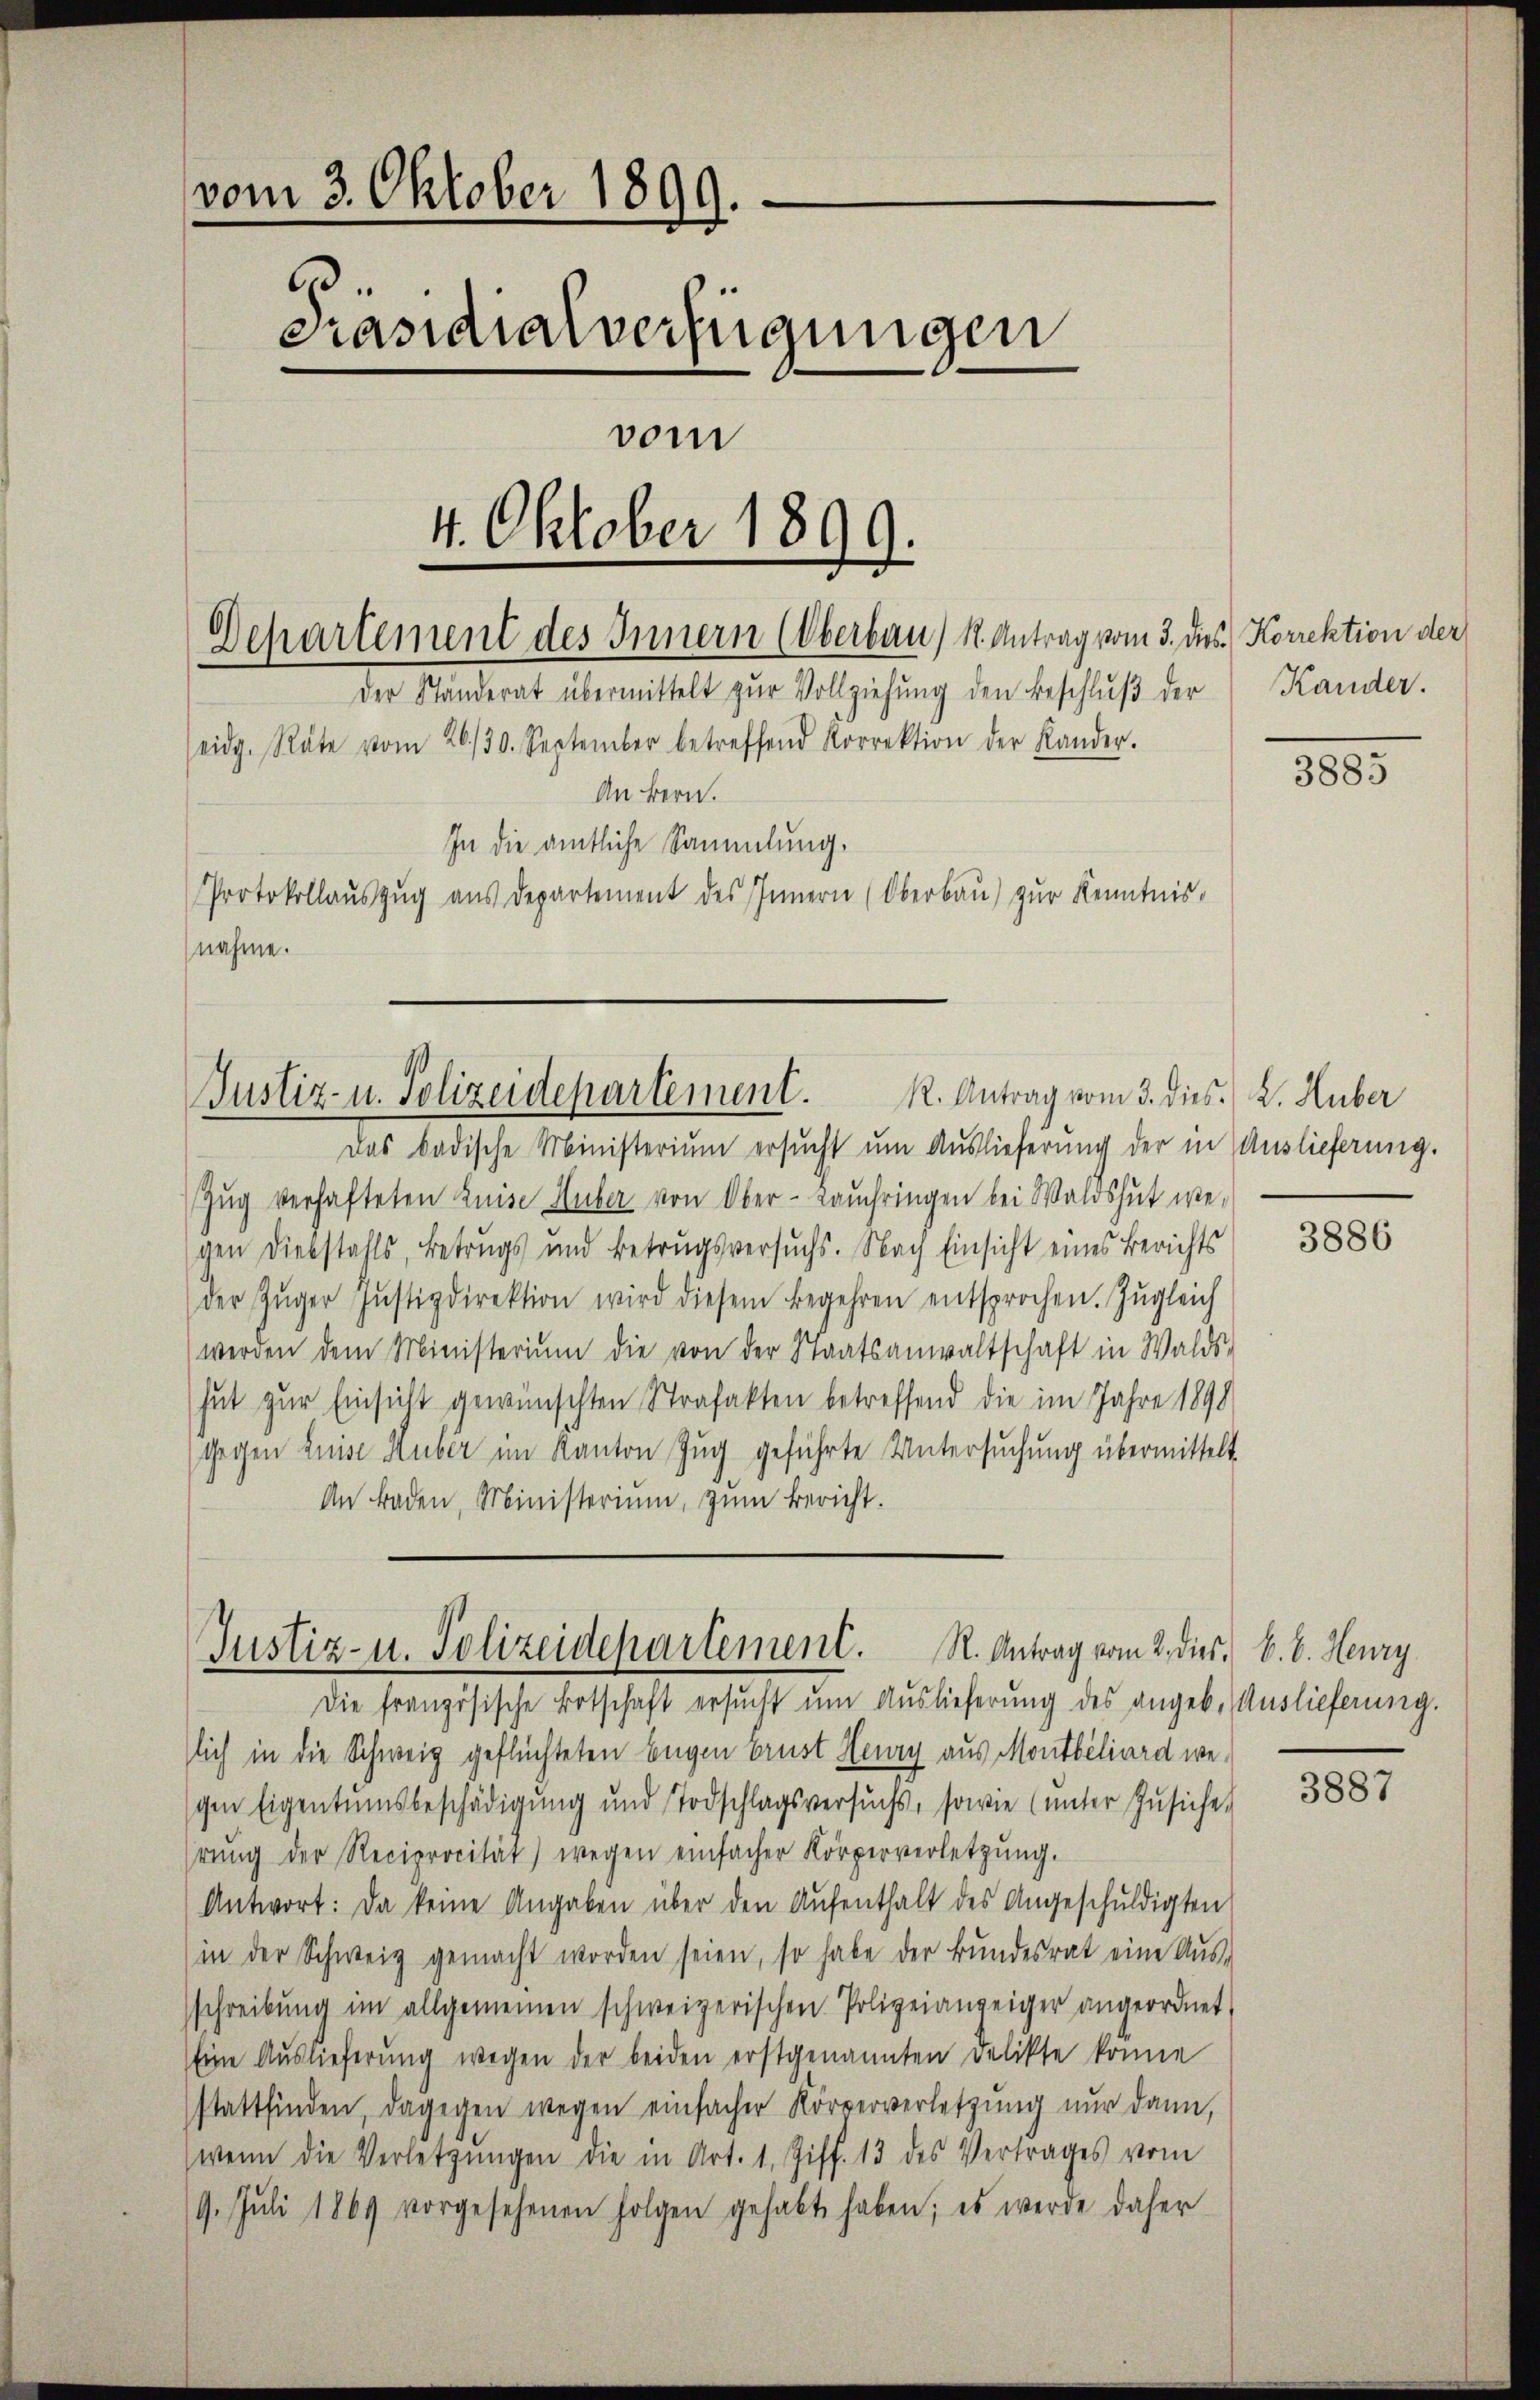
vom 3. Oktober 1899.
.
Präsidialverfügungen
vom
4. Oktober 1899.

Departement des Innern (Oberbau, K. Antrag vom 3. dies. Korrektion der
der Ständerat übermittelt zŭr Vollziehung den Beschluß der
eidg. Räte vom 26./30. September betreffend Korrektion der Kander.
An Bern.

Justiz- u. Polizeidepartement.

In die amtliche Sammlung.
Protokollaŭszŭg aŭs departement des Innern (Oberbaŭ) zŭr Kenntnis.
nahme.

Das badische Ministerium ersucht um Auslieferung der in Auslieferung.
Zug verhafteten Luise Huber von Ober-Lauchringen bei Waldshut we-
gen Diebstahls, Betrugs und Betrugsversuchs. Nach Einsicht eines Berichts
der Zŭger Justizdirektion wird diesem Begehren entsprochen. Zŭgleich
werden dem Ministerium die von der Staatsanwaltschaft in Walds-
hut zur Einsicht gewünschten Strafakten betreffend die im Jahre 1890
Gegen Luise Huber im Kanton Zug geführte Untersuchung übermittelt
An Baden, Ministerium, zum Bericht.

Die französische Botschaft ersucht um Auslieferung des angeb. Auslieferung.
lich in die Schweig geflüchteten begen Brust Henry aus Montbiliard weschen Eigentumsbeschädigung und Todschlagsversuchs, sowie (unter Zŭsiche,
rŭng der Reciprocität) wegen einfacher Körperverletzŭng.
Antwort: Da keine Angaben über den Aŭfenthalt des Angeschuldigten
(in der Schweiz gemacht worden seien, so habe der Bŭndesrat eine Aŭs-
schreibung im allgemeinen schweizerischen Polizeianzeiger angeordnet,
Eine Auslieferung wegen der beiden erstgenannten Delikte könne
stattfinden, dagegen wegen einfacher Korververletzung nur dann,
wenn die Verletzŭngen die in Art. 1. Ziff. 13 des Vertrages vom
19. Juli 1869 vorgesehenen Folgen gehabt haben; es werde daher

Justiz- u. Polizeidepartement. R. Antrag vom 2. dies. B. b. Henry

R. Antrag vom 3. dies. v. Huber

Kander.

3885

3886

3887